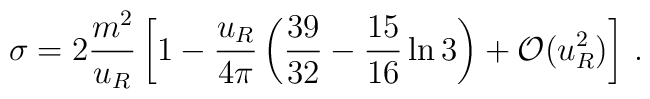
\sigma = 2\frac{m^2}{u_R} \left[1-\frac{u_R}{4\pi}\left(\frac{39}{32}-      \frac{15}{16}\ln 3\right) + {\cal O}(u_R^2) \right]\,.